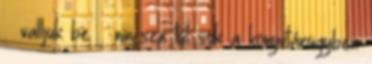
— valljuk be — nincsen túl sok a könyvtárügyben